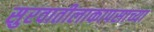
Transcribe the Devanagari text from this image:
सुरवातीलाकापसाच्या